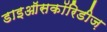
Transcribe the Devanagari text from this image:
डाइऑसकॉरिडीज़